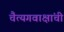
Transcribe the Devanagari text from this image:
चैत्यगवाक्षांची